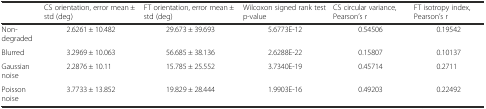
<table><thead><tr><td></td><td><b>CS orientation, error mean ± std (deg)</b></td><td><b>FT orientation, error mean ± std (deg)</b></td><td><b>Wilcoxon signed rank test p-value</b></td><td><b>CS circular variance, Pearson’s r</b></td><td><b>FT isotropy index, Pearson’s r</b></td></tr></thead><tbody><tr><td>Non-degraded</td><td>2.6261 ± 10.482</td><td>29.673 ± 39.693</td><td>5.6773E-12</td><td>0.54506</td><td>0.19542</td></tr><tr><td>Blurred</td><td>3.2969 ± 10.063</td><td>56.685 ± 38.136</td><td>2.6288E-22</td><td>0.15807</td><td>0.10137</td></tr><tr><td>Gaussian noise</td><td>2.2876 ± 10.11</td><td>15.785 ± 25.552</td><td>3.7340E-19</td><td>0.45714</td><td>0.2711</td></tr><tr><td>Poisson noise</td><td>3.7733 ± 13.852</td><td>19.829 ± 28.444</td><td>1.9903E-16</td><td>0.49203</td><td>0.22492</td></tr></tbody></table>